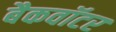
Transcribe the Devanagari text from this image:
बैकवॉटर